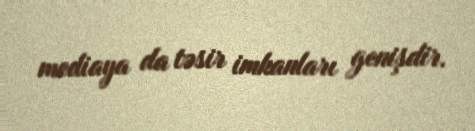
mediaya da təsir imkanları genişdir.